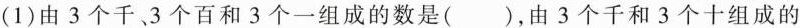
(1)由3个千、3个百和3个一组成的数是()，由3个千和3个十组成的